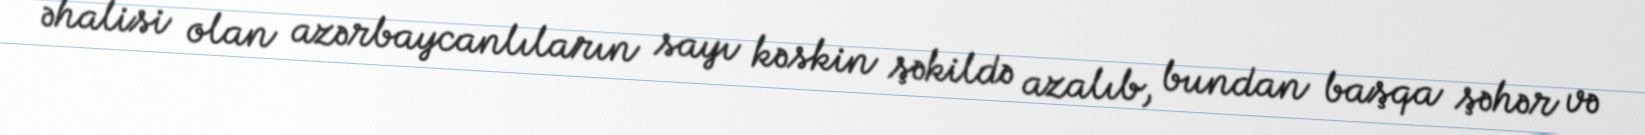
əhalisi olan azərbaycanlıların sayı kəskin şəkildə azalıb, bundan başqa şəhər və